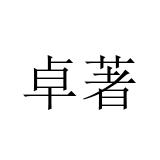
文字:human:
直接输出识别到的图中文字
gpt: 卓著